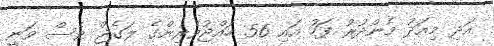
އަދި މިއަދު މެންދުރު ފަހު އައި 56 ހައްޖުވެރިންގެ ލަގެޖް ވެސް ވަނީ